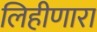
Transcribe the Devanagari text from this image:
लिहीणारा